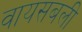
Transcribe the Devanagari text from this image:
वायसबली